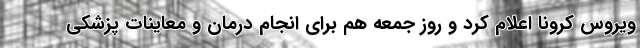
ویروس کرونا اعلام کرد و روز جمعه هم برای انجام درمان و معاینات پزشکی